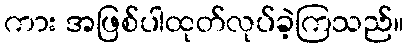
ကား အဖြစ်ပါထုတ်လုပ်ခဲ့ကြသည်။